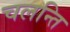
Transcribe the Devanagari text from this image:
चलन्ति